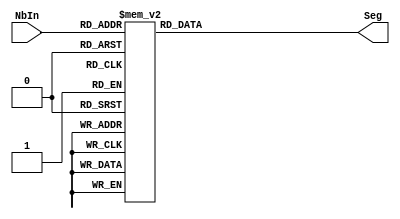
module Aff7Seg(NbIn, Seg);

parameter OUTPUT_POLARITY = 1; //Fonctionnement sur '1' logique

input[3:0] NbIn;
output[0:6] Seg;

reg[0:6] iSeg;

always @(NbIn)
begin

	case(NbIn)
	
		0 : iSeg <= 7'b1111110 ;
		1 : iSeg <= 7'b0110000 ;
		2 : iSeg <= 7'b1101101 ;
		3 : iSeg <= 7'b1111001 ;
		4 : iSeg <= 7'b0110011 ;
		5 : iSeg <= 7'b1011011 ;
		6 : iSeg <= 7'b1011111 ;
		7 : iSeg <= 7'b1110000 ;
		8 : iSeg <= 7'b1111111 ;
		9 : iSeg <= 7'b1111011 ;
		10 : iSeg <= 7'b1110111 ;
		11 : iSeg <= 7'b0011111 ;
		12 : iSeg <= 7'b1001110 ;
		13 : iSeg <= 7'b0111101 ;
		14 : iSeg <= 7'b1001111 ;
		15 : iSeg <= 7'b1000111 ;
		//default : iSeg <= 7'b1111110 ;
	endcase

end

assign Seg = (OUTPUT_POLARITY == 1) ? iSeg : ~iSeg;

endmodule